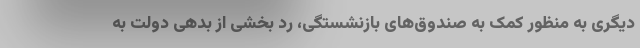
دیگری به منظور کمک به صندوق‌های بازنشستگی، رد بخشی از بدهی دولت به